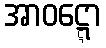
အာဝဋ္ဋော